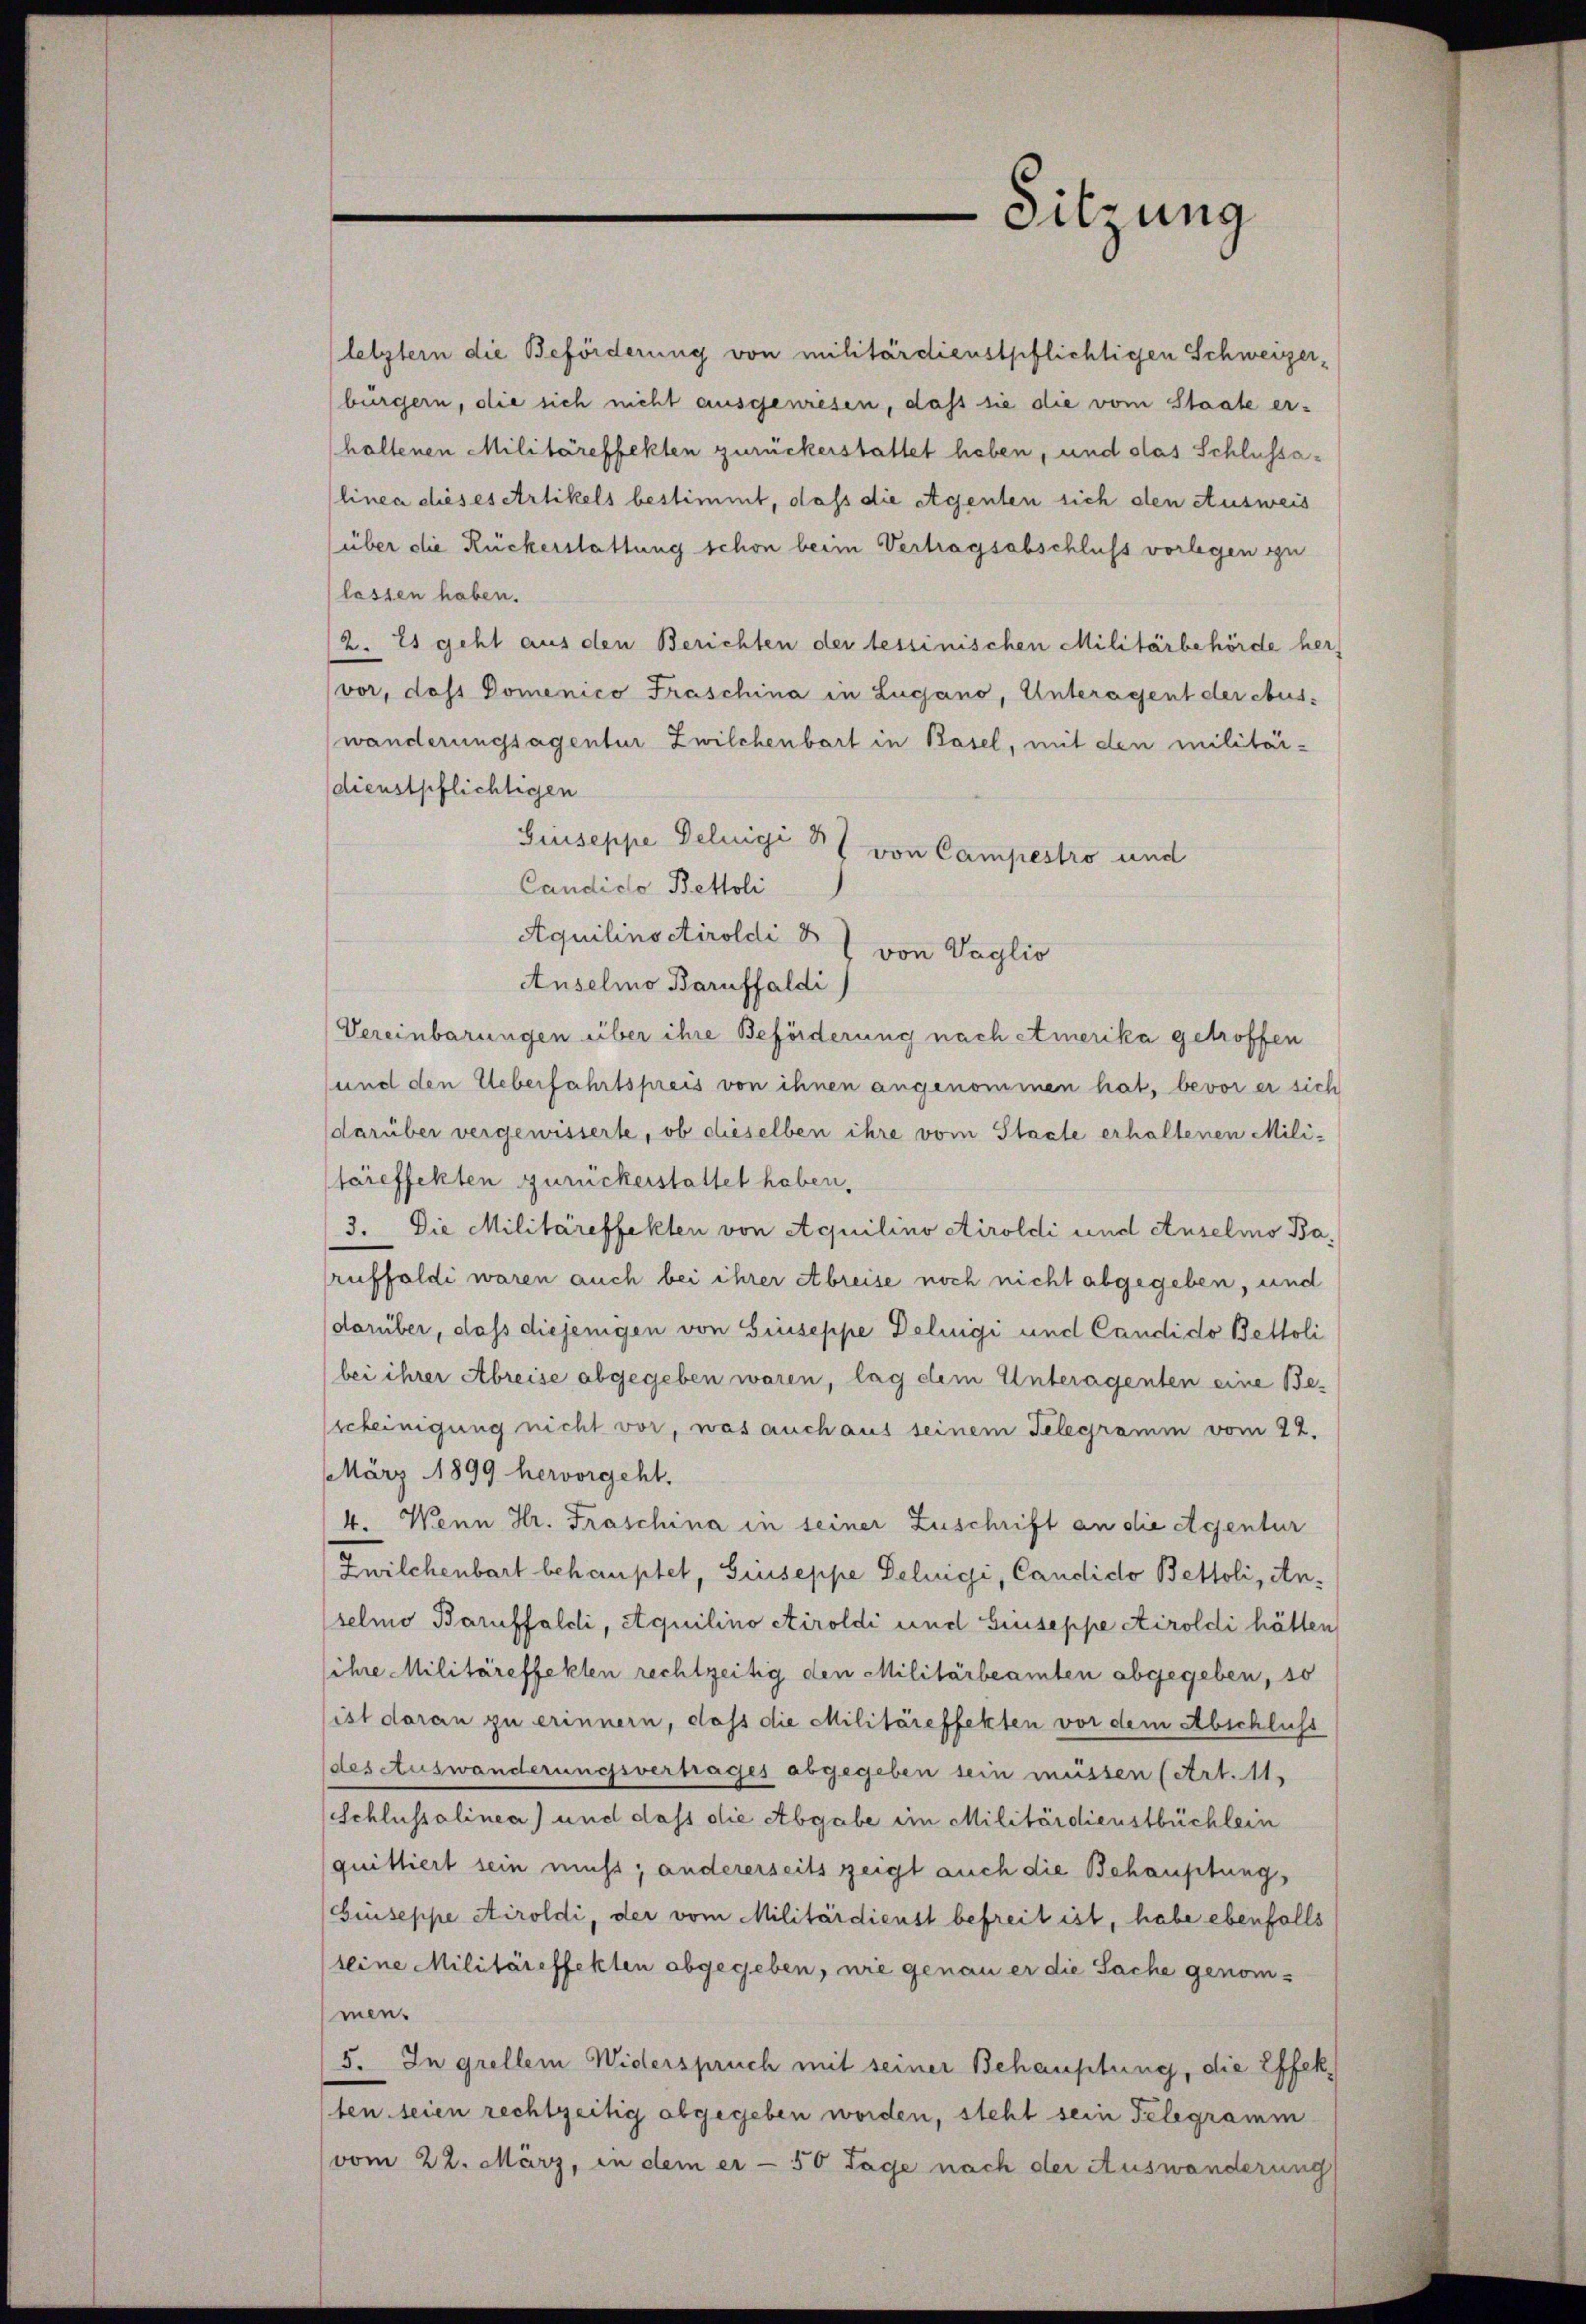
letztern die Beförderung von militärdienstpflichtigen Schweizer-
bürgern, die sich nicht ausgewiesen, dass sie die vom Staate erholtenen Militäreffekten zurückerstattet haben, und das Schlussalinea dieses Artikels bestimmt, dass die Agenten sich den Ausweis
(über die Rückerstattung schon beim Vertragsabschluss vorlegen zu
lassen haben.
2. Es geht aus den Berichten der tessinischen Militärbehörde her
vor, dass Domenico Fraschina in Lugano, Unteragent der Aus-
wänderungsagentur Zwilchenbart in Basel, mit den militärdienstpflichtigen
Giuseppe Deluigi 8
1 von Campestro und
Candido Bettoli
Aquilinoctiroldi 8
von Vaglio
Anselmo Baruffaldi
Vereinbarungen über ihre Beförderung nach Amerika getroffen
und den Ueberfahrtspreis von ihnen angenommen hat, bevor er sich
darüber vergewisserte, ob dieselben ihre vom Staate erhaltenen Mili-
täreffekten zurückerstattet haben.
3. Die Militäreffekten von Aquilino Airoldi und Anselmo Baruffaldi waren auch bei ihrer Abreise noch nicht abgegeben, und
darüber, dass diejenigen von Giuseppe Deluigi und Candido Bettoli
bei ihrer Abreise abgegeben waren, lag dem Unteragenten eine Be-
scheinigung nicht vor, was auch aus seinem Telegramm vom 22.
März 1899 hervorgeht.
4. Wenn Hr. Fraschina in seiner Zuschrift an die Agentur
Zwilchenbart behauptet, Giuseppe Deluigi, Candido Bettoli, Anselmo Baruffaldi, Aquilino Stiroldi und Giuseppe Airoldi hätten
sihre Militäreffekten rechtzeitig den Militärbeamten abgegeben, so
ist daran zu erinnern, dass die Militäreffekten vor dem Abschluß
des Auswanderungsvertrages abgegeben sein müssen (Art. 11.
(Schlussalinea) und dass die Abgabe im Militärdienstbüchlein
quittiert sein muss; andererseits zeigt auch die Behauptung,
Giuseppe Airoldi, der vom Militärdienst befreit ist, habe ebenfalls
seine Militäreffekten abgegeben, wie genau er die Sache genommen.
5. In grellem Widerspruch mit seiner Behauptung, die Effekten seien rechtzeitig abgegeben worden, steht sein Telegramm
vom 22. März, in dem er - 50 Tage nach der Auswanderung

Sitzung